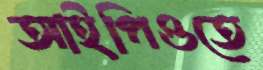
আইপিওতে